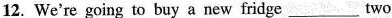
12. We're going to buy a new fridge___ two